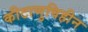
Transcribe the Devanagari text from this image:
कीटाणुविहीन